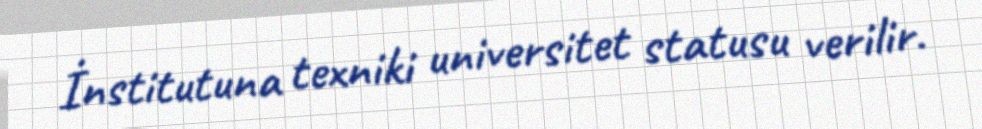
İnstitutuna texniki universitet statusu verilir.